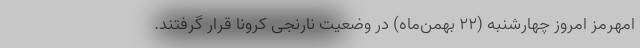
امهرمز امروز چهارشنبه (۲۲ بهمن‌ماه) در وضعیت نارنجی کرونا قرار گرفتند.